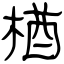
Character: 楢